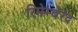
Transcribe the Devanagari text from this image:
रिमेम्बेरेद